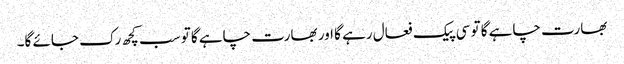
بھارت چاہے گا تو سی پیک فعال رہے گا اور بھارت چاہے گا تو سب کچھ رک جائے گا۔